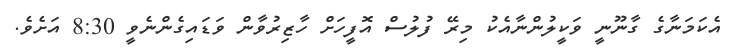
އެކަމަނާގެ ގާނޫނީ ވަކީލުންނާއެކު މިރޭ ފުލުސް އޮފީހަށް ހާޒިރުވާން ވަޑައިގެންނެވީ 8:30 އަށެވެ.